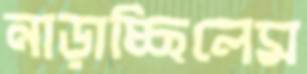
নাড়াচ্ছিলেম